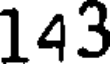
143